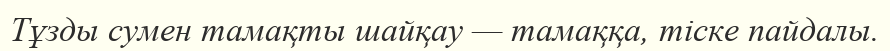
Тұзды сумен тамақты шайқау — тамаққа, тіске пайдалы.